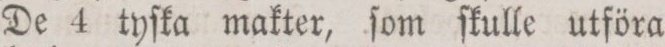
De 4 tyſka makter, ſom ſkulle utföra